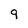
Character: 9